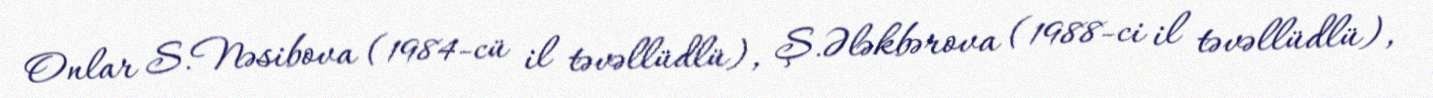
Onlar S.Nəsibova (1984-cü il təvəllüdlü), Ş.Ələkbərova (1988-ci il təvəllüdlü),